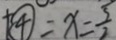
+ \textcircled { 4 } = x = \frac { 5 } { 2 }